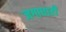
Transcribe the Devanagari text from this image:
जगाधारी